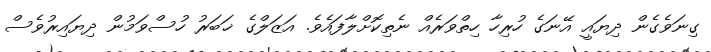
ގިނަވެގެން ދިޔައީ އޭނަގެ ހުރިހާ ހިތްވަރެއް ނެތިކޮށްލާފައެވެ. އަޒަލްގެ ޚަބަރު ހުސްވަމުން ދިޔައިރުވެސް